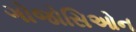
ગોજોસિઓન